Civil Veterinary Dept. North-West Frontier Province 1923-32 - 1923-1932
Year: 1923
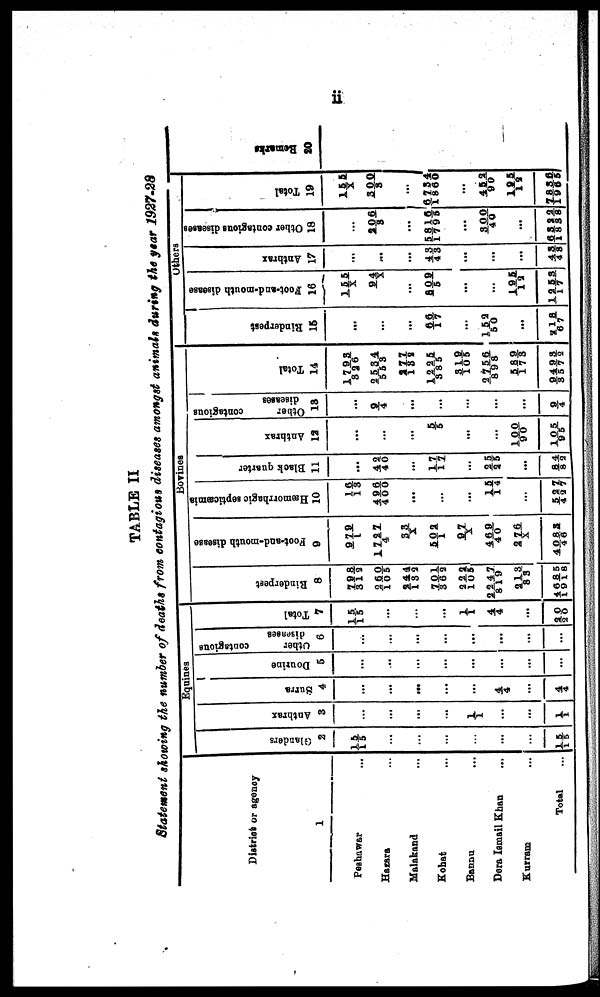
ii
TABLE II
Statement showing the number of deaths from contagious diseases amongst animals during the year 1927-28
District or agency
1
Peshawar ...
Hazara ...
Malakand ...
Kohat ...
Bannu ...
Dera Ismail Khan ...
Kurram ...
Total ...
Equines
Glanders
2
15/15
...
...
...
...
...
...
15/15
Anthrax
3
...
...
...
...
1/1
...
...
1/1
Surra
4
...
...
...
...
...
4/4
...
4/4
Dourine
5
...
...
...
...
...
...
...
...
Other
contagious
diseases
6
...
...
...
...
...
...
...
...
Total
7
15/15
...
...
...
1/1
4/4
...
20/20
Bovines
Rinderpest
8
798/312
260/105
244/132
701/362
222/105
2247/819
213/83
4685/1918
Foot-and-mouth di s eas e
9
979/1
1727/4
33/X
502/1
97/X
469/40
276/X
4083/46
Hæmorrhogic septicæmia
10
16/13
496/400
...
...
...
15/14
...
527/427
Black quarter
11
...
42/ 40
...
17/17
...
25/25
...
84/82
Anthrax
12
...
...
...
5/5
...
...
100/90
105/95
Other contagious
diseases
13
...
9/4
...
...
...
...
...
9/4
Total
14
1793/326
2534/553
277/138
1225/385
319/105
2756/898
589/173
9493/3572
Others
Rinderpest
15
...
...
...
66/17
...
152/50
...
218/67
Foot-and-mouth disease
16
155/X
94/X
...
809/5
...
...
195/12
1253/17
Anthrax
17
...
...
...
43/43
...
...
...
43/48
Other contagious diseases
18
...
206/3
...
5816/1795
...
300/40
...
6322/1838
Total
19
155/X
300/3
...
6734/1860
...
452/90
195/12
7836/1965
Remarks
20